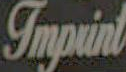
Imprint